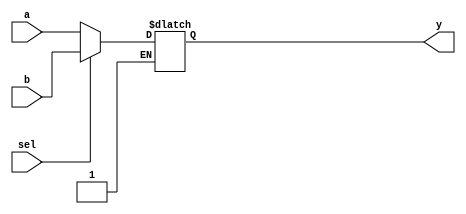
module mux21 (a ,b,sel,y);
	input [3:0] a,b;
	input sel;
	output reg [3:0] y;	//  reg .
	/*
	always@(*) begin  // *     
		case(sel) begin
		1'b1: y=b;
		1'b0: y=a;
		endcase
	end
	*/
	// <if/else>
	always@(*) begin
		if(sel)
			y=b;
		else if (~sel)
			y=a;
	end
	
	
	//assign y = ~sel?a:b;       //  ?  ()   (==1)  
	
	//assign y= (a&~sel)|(b&sel);

/*	
	wire a0 ,a1, sn;
	
	//not u1 (sn, sel);
	and u2 (a0,a,~sel), u3 (a1,b,sel);
	or  u4 (y,a0,a1);
*/
endmodule